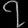
Digit: ၇